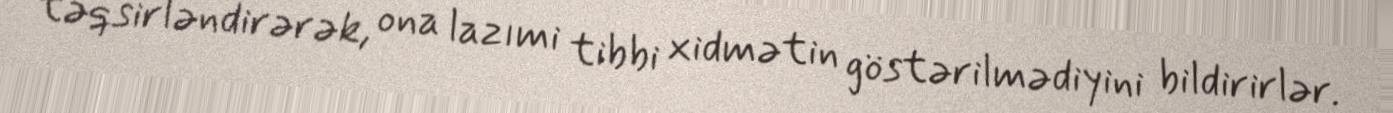
təqsirləndirərək, ona lazımi tibbi xidmətin göstərilmədiyini bildirirlər.